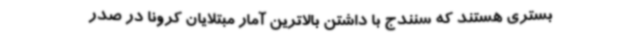
بستری هستند که سنندج با داشتن بالاترین آمار مبتلایان کرونا در صدر